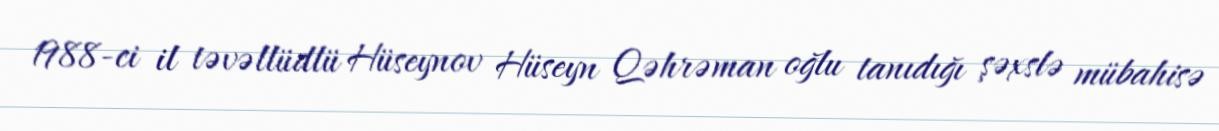
1988-ci il təvəllüdlü Hüseynov Hüseyn Qəhrəman oğlu tanıdığı şəxslə mübahisə